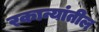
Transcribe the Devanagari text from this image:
रकान्यांतील